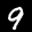
Label: 9